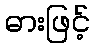
ဓားဖြင့်